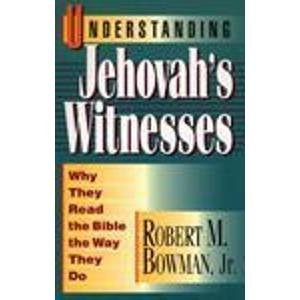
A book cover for Understanding Jehovah's Witnesses: Why They Read the Bible the Way They Do; Robert M. Bowman; Christian Books & Bibles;